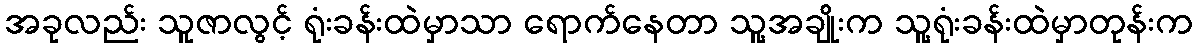
အခုလည်း သူဇာလွင့် ရုံးခန်းထဲမှာသာ ရောက်နေတာ သူ့အချိုးက သူ့ရုံးခန်းထဲမှာတုန်းက